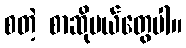
စတဲ့ စာဆိုမယ်တွေပါ။